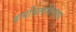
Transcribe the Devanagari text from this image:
प्रायश्चित्ताशिवाय